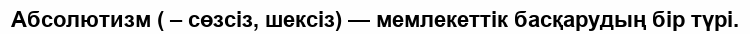
Абсолютизм ( – сөзсіз, шексіз) — мемлекеттік басқарудың бір түрі.